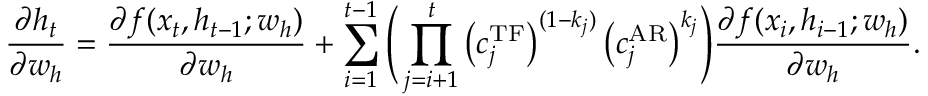
\frac { \partial h _ { t } } { \partial w _ { h } } = \frac { \partial f ( x _ { t } , h _ { t - 1 } ; w _ { h } ) } { \partial w _ { h } } + \sum _ { i = 1 } ^ { t - 1 } \Bigg ( \prod _ { j = i + 1 } ^ { t } \big ( c _ { j } ^ { \operatorname { T F } } \big ) ^ { ( 1 - k _ { j } ) } \, \big ( c _ { j } ^ { \operatorname { A R } } \big ) ^ { k _ { j } } \Bigg ) \frac { \partial f ( x _ { i } , h _ { i - 1 } ; w _ { h } ) } { \partial w _ { h } } .